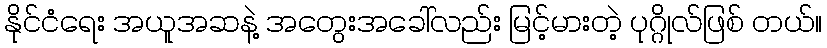
နိုင်ငံရေး အယူအဆနဲ့ အတွေးအခေါ်လည်း မြင့်မားတဲ့ ပုဂ္ဂိုလ်ဖြစ် တယ်။